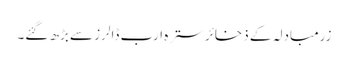
زرمبادلہ کے ذخائر سترہ ارب ڈالرز سے بڑھ گئے۔